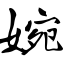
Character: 婉